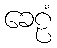
ခေဠံ